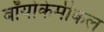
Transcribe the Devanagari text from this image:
बॉयोकेमीकल